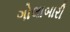
ગોલાબારી